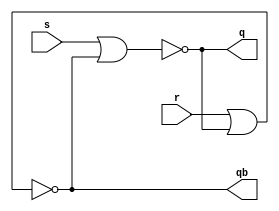
`timescale 1ns / 1ps
//////////////////////////////////////////////////////////////////////////////////
// Company: 
// Engineer: 
// 
// Design Name: 
// Module Name: L_SR_NOR
// Project Name: 
// Target Devices: 
// Tool Versions: 
// Description: 
// 
// Dependencies: 
// 
// Revision:
// Revision 0.01 - File Created
// Additional Comments:
// 
//////////////////////////////////////////////////////////////////////////////////


//design CODE
module L_SR_NOR(q,qb,s,r);
input s,r;
output q,qb;
nor n1(q,s,qb);
nor n2(qb,r,q);
endmodule